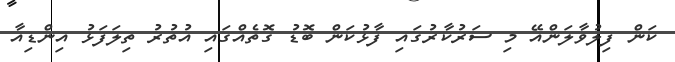
ކަން ފިލުވާލަންއޭ މި ސަރުކާރުގައި ފާޅުކަން ބޮޑު ގޮތެއްގައި އުތުރު ތިލަފަޅު އިންޑިއާ